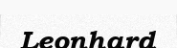
Leonhard